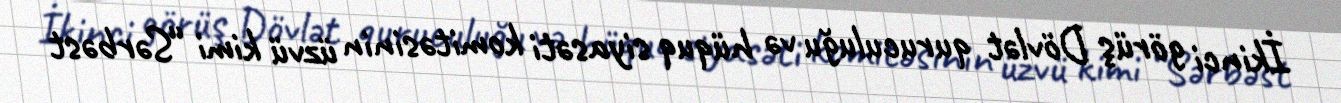
İkinci görüş Dövlət quruculuğu və hüquq siyasəti komitəsinin üzvü kimi “Sərbəst